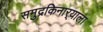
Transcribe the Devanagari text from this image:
समुद्रकिनार्‍याला